Civil Veterinary Department. Central Provinces & Berar 1932-41 - 1932-1941
Year: 1932
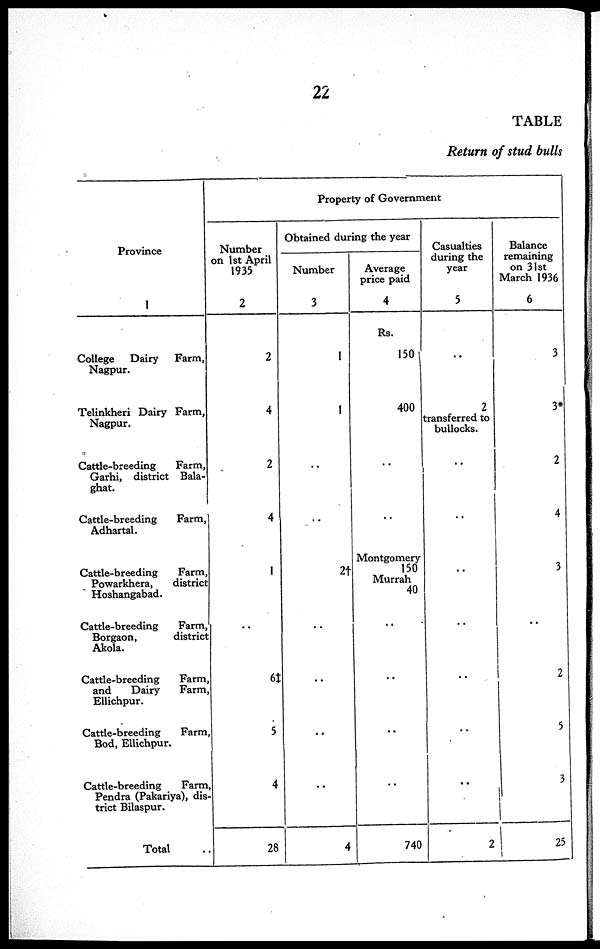
22
TABLE
Return of stud bulls
Province
1
College
Dairy
Farm,
Nagpur.
Telinkheri Dairy Farm,
Nagpur.
Cattle-breeding
Farm,
Garhi, district Bala-
ghat.
Cattle-breeding
Farm,
Adhartal.
Cattle-breeding
Farm,
Powarkhera,
district
Hoshangabad.
Cattle-breeding
Farm,
Borgaon,
district
Akola.
Cattle-breeding
Farm,
and
Dairy
Farm,
Ellichpur.
Cattle-breeding
Farm,
Bod, Ellichpur.
Cattle-breeding
Farm
Pendra (Pakariya), dis-
trict Bilaspur.
Total
Property of Government
Number
on 1st April
1935
2
2
4
2
4
1
..
6‡
5
4
28
Obtained during the year
Number
3
1
1
..
..
2†
..
..
..
..
4
Average
price paid
4
Rs.
150
400
..
..
Montgomery
150
Murrah
40
..
..
..
..
740
Casualties
during the
year
5
..
2
transferred to
bullocks.
..
..
..
..
..
..
..
2
Balance
remaining
on 31st
March 1936
6
3
3*
2
4
3
..
2
5
3
25